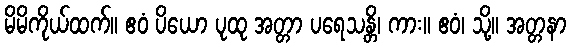
မိမိကိုယ်ထက်။ ဧဝံ ပိယော ပုထု အတ္တာ ပရေသန္တိ၊ ကား။ ဧဝံ၊ သို့။ အတ္တနာ